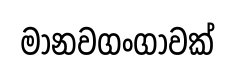
මානවගංගාවක්